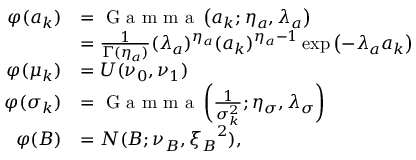
\begin{array} { r l } { \varphi ( a _ { k } ) } & { = \textup { G a m m a } \left( a _ { k } ; \eta _ { a } , \lambda _ { a } \right) } \\ & { = \frac { 1 } { \Gamma ( \eta _ { a } ) } ( \lambda _ { a } ) ^ { \eta _ { a } } ( a _ { k } ) ^ { \eta _ { a } - 1 } \exp \left( - \lambda _ { a } a _ { k } \right) } \\ { \varphi ( \mu _ { k } ) } & { = U ( \nu _ { 0 } , \nu _ { 1 } ) } \\ { \varphi ( \sigma _ { k } ) } & { = \textup { G a m m a } \left( \frac { 1 } { \sigma _ { k } ^ { 2 } } ; \eta _ { \sigma } , \lambda _ { \sigma } \right) } \\ { \varphi ( B ) } & { = N ( B ; \nu _ { B } , { \xi _ { B } } ^ { 2 } ) , } \end{array}